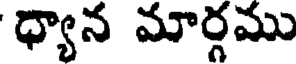
ధ్యాన మార్గము